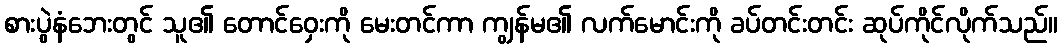
စားပွဲနံဘေးတွင် သူ၏ တောင်ဝှေးကို မေးတင်ကာ ကျွန်မ၏ လက်မောင်းကို ခပ်တင်းတင်း ဆုပ်ကိုင်လိုက်သည်။